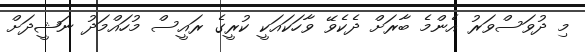
މި ދުވަސްވަރު އެންމެ ބާރަށް ދެކެވޭ ވާހަކައަކީ ކުރީގެ ރައީސް މުހައްމަދު ނަޝީދަށް